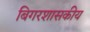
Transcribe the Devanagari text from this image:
बिगरशासकीय